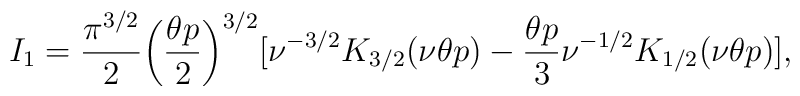
I_1=\frac{\pi^{3/2}}{2}\biggl(\frac{\theta p}{2}\biggr)^{3/2}[\nu^{-3/2}K_{3/2}(\nu\theta p)-\frac{\theta p}{3}\nu^{-1/2}K_{1/2}(\nu\theta p)],